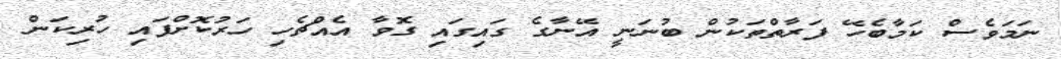
ނަމަވެސް ކަމާބެހޭ ފަރާތްތަކުން ބުނަނީ އޭނާގެ ގައިގައި ގޮވާ އެއްޗެހި ހަރުކޮށްފައި ހުރިކަން